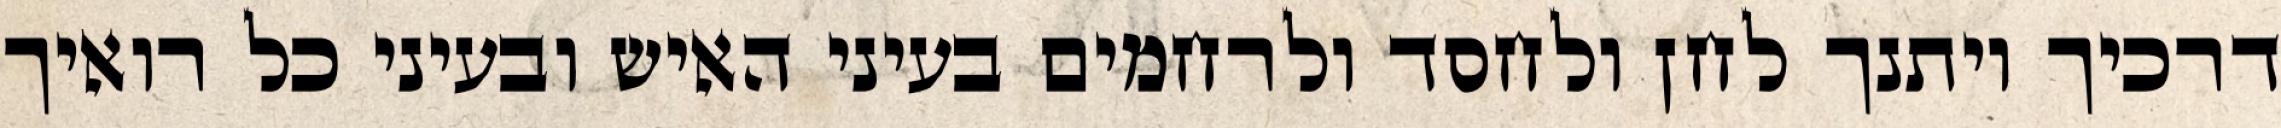
דרכיך ויתנך לחן ולחסד ולרחמים בעיני האיש ובעיני כל רואיך